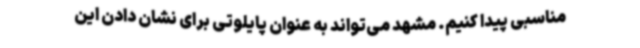
مناسبی پیدا کنیم. مشهد می‌تواند به عنوان پایلوتی برای نشان دادن این